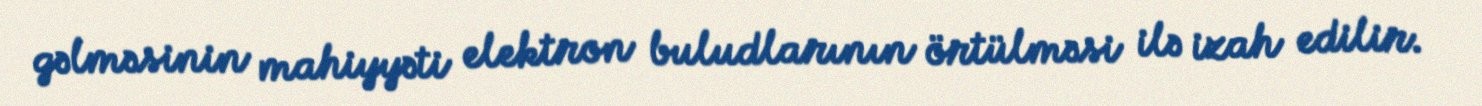
gəlməsinin mahiyyəti elektron buludlarının örtülməsi ilə izah edilir.